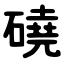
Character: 磽